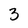
Character: 3